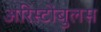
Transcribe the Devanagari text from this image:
अरिस्टोबुलस